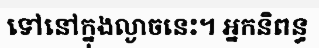
ទៅនៅក្នុងល្ងាចនេះ។ អ្នកនិពន្ធ